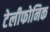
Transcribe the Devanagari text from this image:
टेलीफोनिक